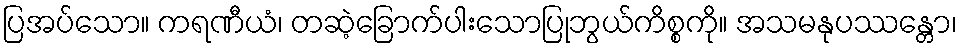
ပြအပ်သော။ ကရဏီယံ၊ တဆဲ့ခြောက်ပါးသောပြုဘွယ်ကိစ္စကို။ အသမနုပဿန္တော၊